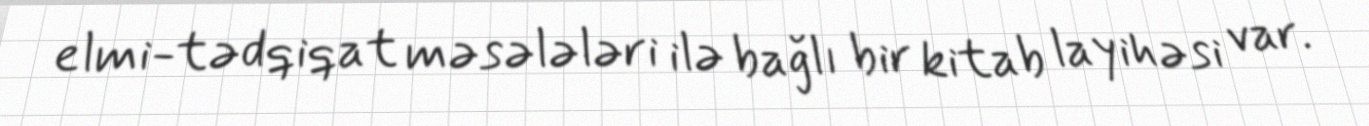
elmi-tədqiqat məsələləri ilə bağlı bir kitab layihəsi var.